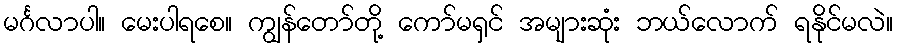
မင်္ဂလာပါ။ မေးပါရစေ။ ကျွန်တော်တို့ ကော်မရှင် အများဆုံး ဘယ်လောက် ရနိုင်မလဲ။